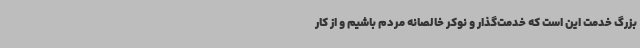
بزرگ خدمت این است که خدمت‌گذار و نوکر خالصانه مردم باشیم و از کار